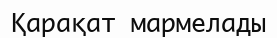
Қарақат мармелады